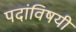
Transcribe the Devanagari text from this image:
पदांविषयी